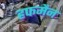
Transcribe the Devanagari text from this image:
हफमैन